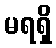
မရရှိ